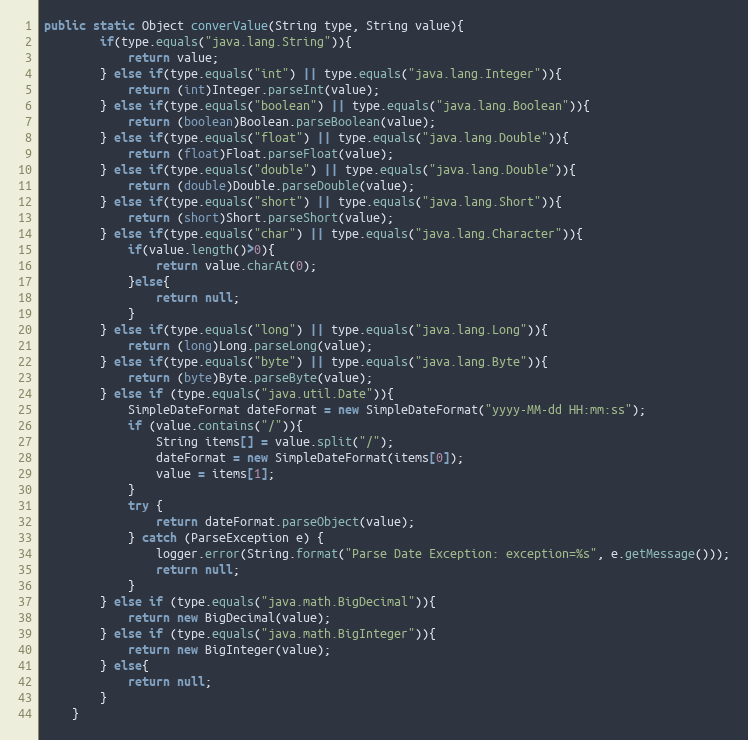
Language: Java
public static Object converValue(String type, String value){
		if(type.equals("java.lang.String")){
			return value;
		} else if(type.equals("int") || type.equals("java.lang.Integer")){
			return (int)Integer.parseInt(value);
		} else if(type.equals("boolean") || type.equals("java.lang.Boolean")){
			return (boolean)Boolean.parseBoolean(value);
		} else if(type.equals("float") || type.equals("java.lang.Double")){
			return (float)Float.parseFloat(value);
		} else if(type.equals("double") || type.equals("java.lang.Double")){
			return (double)Double.parseDouble(value);
		} else if(type.equals("short") || type.equals("java.lang.Short")){
			return (short)Short.parseShort(value);
		} else if(type.equals("char") || type.equals("java.lang.Character")){
			if(value.length()>0){
				return value.charAt(0);
			}else{
				return null;
			}
		} else if(type.equals("long") || type.equals("java.lang.Long")){
			return (long)Long.parseLong(value);
		} else if(type.equals("byte") || type.equals("java.lang.Byte")){
			return (byte)Byte.parseByte(value);
		} else if (type.equals("java.util.Date")){
			SimpleDateFormat dateFormat = new SimpleDateFormat("yyyy-MM-dd HH:mm:ss");
			if (value.contains("/")){
				String items[] = value.split("/");
				dateFormat = new SimpleDateFormat(items[0]);
				value = items[1];
			}
			try {
				return dateFormat.parseObject(value);
			} catch (ParseException e) {
				logger.error(String.format("Parse Date Exception: exception=%s", e.getMessage()));
				return null;
			}
		} else if (type.equals("java.math.BigDecimal")){
			return new BigDecimal(value);
		} else if (type.equals("java.math.BigInteger")){
			return new BigInteger(value);
		} else{
			return null;
		}
	}